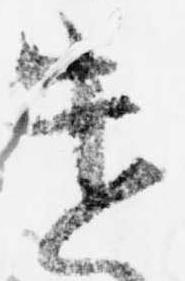
遣